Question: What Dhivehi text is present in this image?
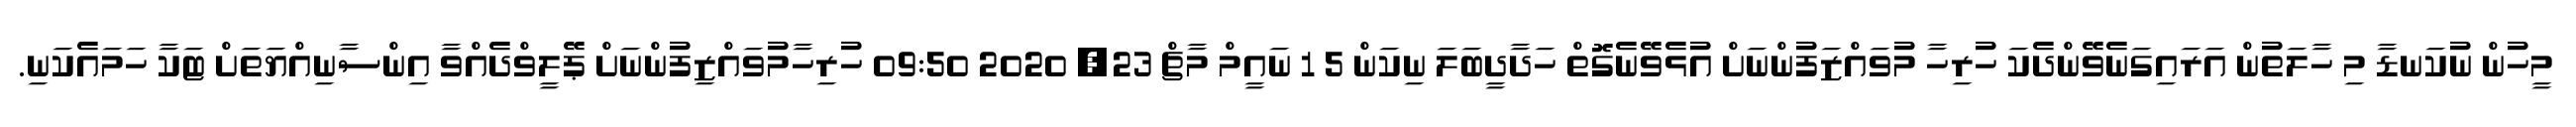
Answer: މީހުން ނުކަނޑާ މި ހާލަތުން އަރައިގަނެވޭންދެކަ ހުރިހާ މުވައްޒަފުންނަށް އުޅެވޭނެގޮތް ހަދާދީބަލަ ނިކަން 5 1 ނައީމް މާޗް 23, 2020 09:50 ހުރިހާމުވައްޒިފުންނަށް ޕޭލީވްދެއްވާ އިންސާނިއްޔަތަށް ޓަކާ ހަމައެކަނި.